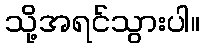
သို့အရင်သွားပါ။